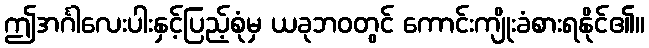
ဤအင်္ဂါလေးပါးနှင့်ပြည့်စုံမှ ယခုဘဝတွင် ကောင်းကျိုးခံစားရနိုင်၏။